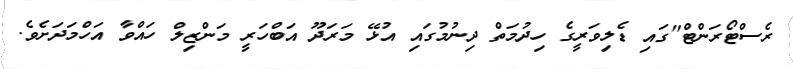
ރެސްޓޯރަންޓް"ގައި ޑެލިވަރީގެ ހިދުމަތް ދިނުމުގައި އުޅޭ މަރަދޫ އަބްހަރީ މަންޒިލް ހައްވާ އަހްމަދަށެވެ.